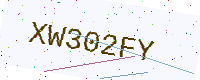
Text: XW302FY